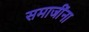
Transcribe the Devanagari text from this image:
समाजींना